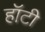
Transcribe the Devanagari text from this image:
हॉटी